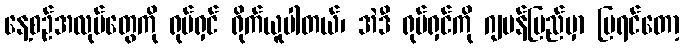
နေ့စဉ်အလုပ်တွေကို ရုပ်ရှင် ရိုက်ယူပါတယ်၊ အဲဒီ ရုပ်ရှင်ကို ဂျပန်ပြည်မှာ ပြရင်တော့